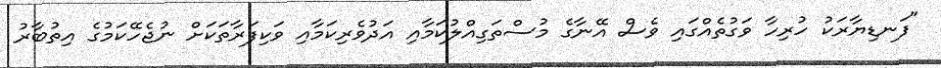
"ފަނޑިޔާރަކު ހުރިހާ ވަގުތެއްގައި ވެސް އޭނާގެ މުސްތަގިއްލުކަމާއި އަދުވެރިކަމާއި ވަކިފަރާތަކަށް ނުޖެހޭކަމުގެ އިތުބާރު